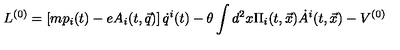
{ L } ^ { ( 0 ) } = \left[ m p _ { i } ( t ) - e A _ { i } ( t , \vec { q } ) \right] \dot { q } ^ { i } ( t ) - \theta \int d ^ { 2 } x \Pi _ { i } ( t , \vec { x } ) \dot { A } ^ { i } ( t , \vec { x } ) - V ^ { ( 0 ) }